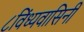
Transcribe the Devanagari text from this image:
८विंध्यवासिनी